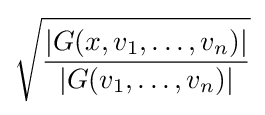
{\sqrt {\frac {|G(x,v_{1},\dots ,v_{n})|}{|G(v_{1},\dots ,v_{n})|}}}